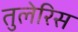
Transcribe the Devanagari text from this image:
तुलेरिस